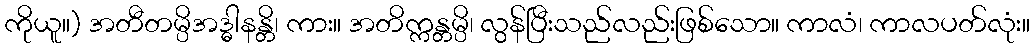
ကိုယူ။) အတီတမ္ပိအဒ္ဓါနန္တိ၊ ကား။ အတိက္ကန္တမ္ပိ၊ လွန်ပြီးသည်လည်းဖြစ်သော။ ကာလံ၊ ကာလပတ်လုံး။